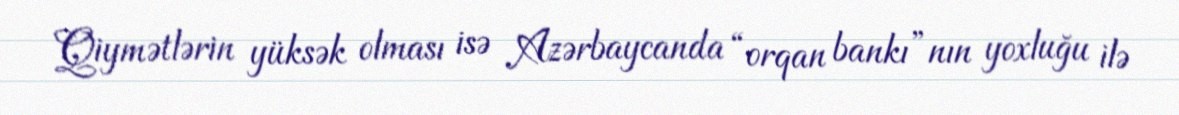
Qiymətlərin yüksək olması isə Azərbaycanda “orqan bankı”nın yoxluğu ilə